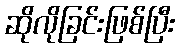
ဆိုလိုခြင်းဖြစ်ပြီး